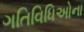
ગતિવિધિઅોના